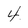
Character: 4